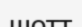
шотт